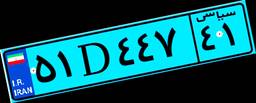
۱۳D۰۸۱۵۷